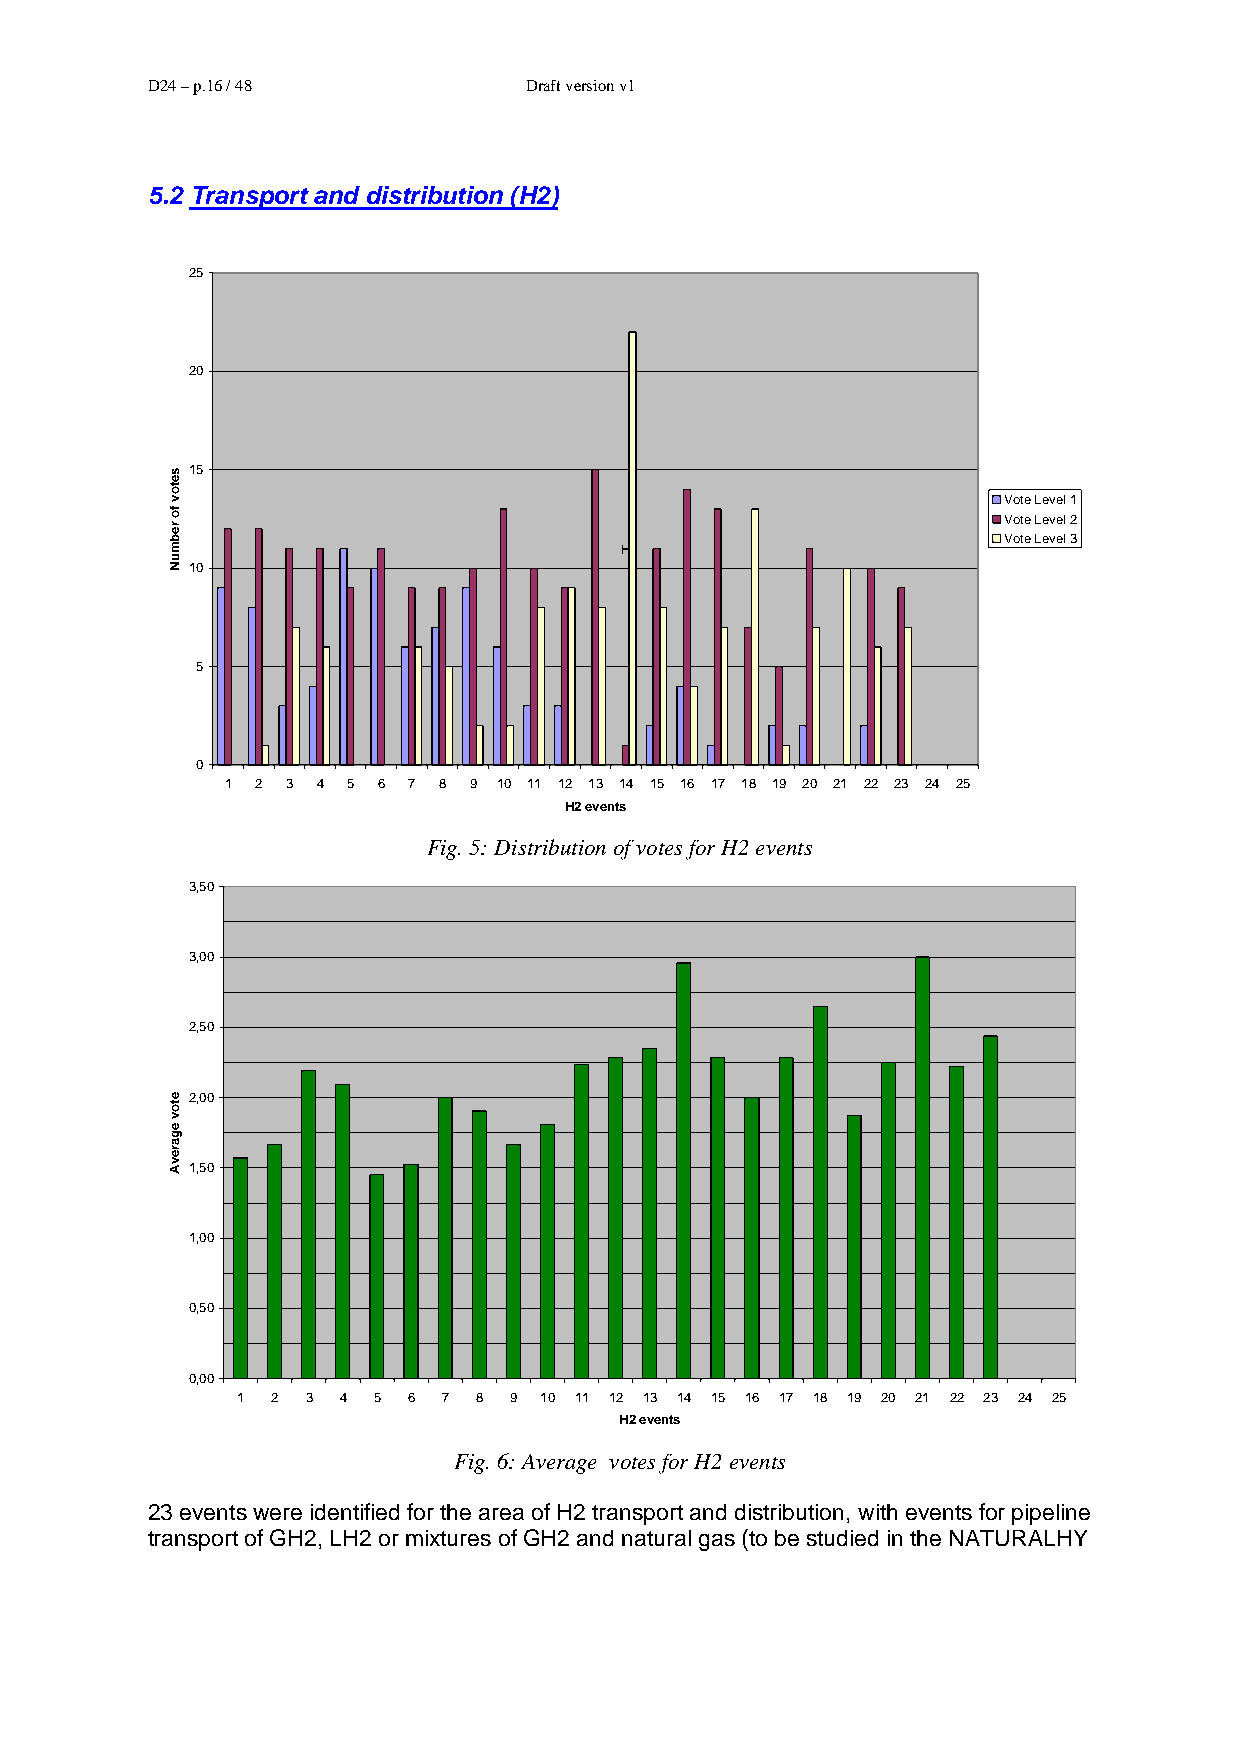
D24 – p.16 / 48          Draft version v1
 5.2 Transport and distribution (H2)
 25
 20
 15
 Vote Level 1
 Vote Level 2
 Vote Level 3
 H
 10
 5
 0
 1 2 3 4 5 6 7 8 9 10 11 12 13 14 15 16 17 18 19 20 21 22 23 24 25
 H2 events
 Fig. 5: Distribution of votes for H2 events
 3,50
 3,00
 2,50
 2,00
 1,50
 1,00
 0,50
 0,00
 1 2 3 4  5 6 7 8  9 10 11 12 13 14 15 16 17 18 19 20 21 22 23 24 25
 H2 events
 Fig. 6: Average votes for H2 events
 23 events were identified for the area of H2 transport and distribution, with events for pipeline
 transport of GH2, LH2 or mixtures of GH2 and natural gas (to be studied in the NATURALHY
 setov
 fo
 rebmuN
 etov
 egarevA